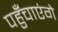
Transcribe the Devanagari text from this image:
पहुँचाएंगे